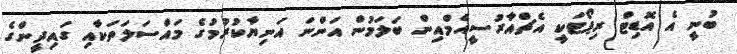
ބުނީ އެ އޮޑިޓް ރިޕޯޓަކީ އެޗްއާރުސީއެމްއިން ބަލަމުން އަންނަ އަނިޔާކުރުމުގެ މައްސަލަތަކާއި ގައިދީންގެ